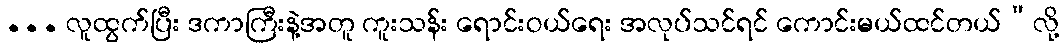
... လူထွက်ပြီး ဒကာကြီးနဲ့အတူ ကူးသန်း ရောင်းဝယ်ရေး အလုပ်သင်ရင် ကောင်းမယ်ထင်တယ်”လို့